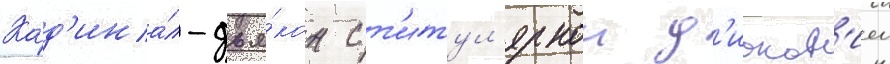
Кард'ина́л-дья́кон с т'итул'ярнои д'иакон'иеи